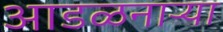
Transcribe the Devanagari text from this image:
आडळनाऱ्या